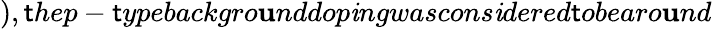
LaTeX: ),\mathsf{t}hep-\mathsf{t}ypebackgro\mathbf{u}nddop\mathit{i}ngwascons\mathit{i}dered\mathsf{t}obearo\mathbf{u}nd